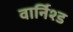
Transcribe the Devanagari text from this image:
वार्निश्ड